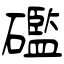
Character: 礛